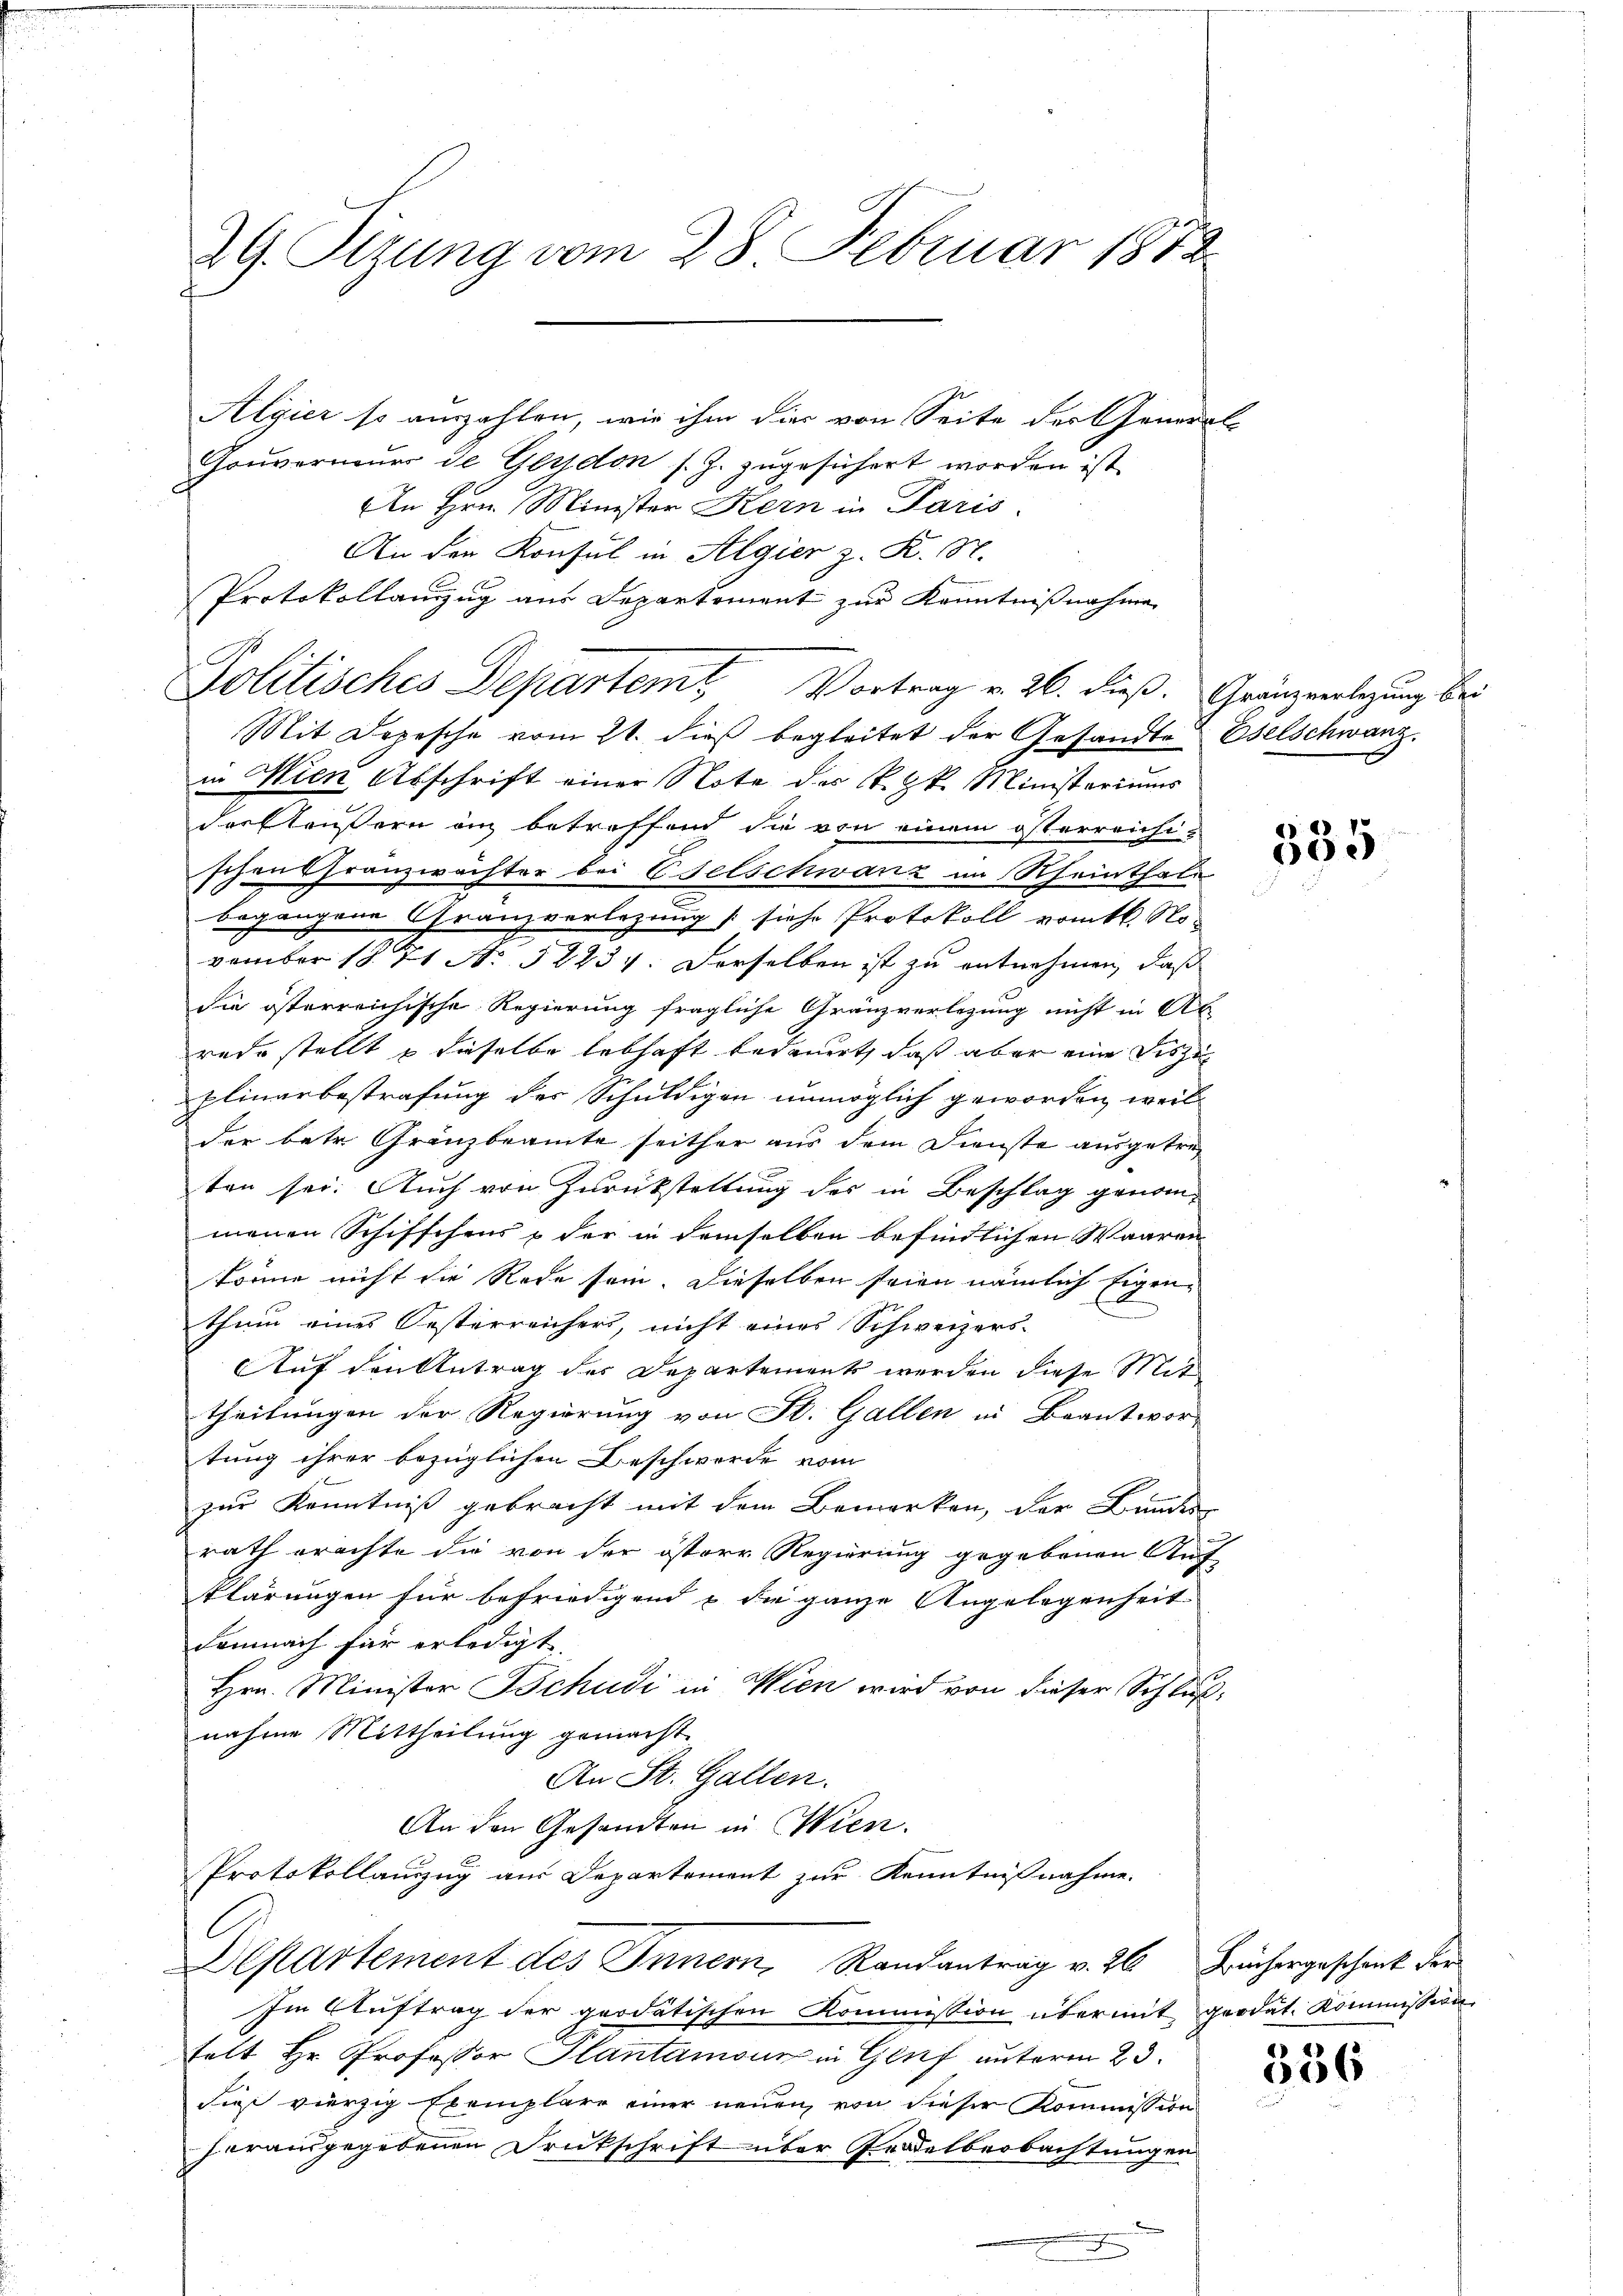
29. Setzung vom 28. Februar 1872.

Algier so auszahlen, wie ihm dies von Seite der General-
Gouverneuer de Gerdon s. Z. zugesichert worden ist,
An Hrn. Minister Kern in Paris.
An den Konsul in Algier z. R. N.
Protokollanzug aus Departement zur Kenntnißnahme
.
Mit Depesche vom 21. dieß begleitet der Gesandte Eselschwanz
in Wien Abschrift einer Note des k. k. Ministeriums
derfteusern an betreffend die von einem österreichi-
schen Granzwächter bei Eselschwanz im Rheinthale
begangene Gränzverlegung (siehe Protokoll vomtl. November 1871 No 52234. Derselben ist zu entnehmen, daß
die österreichische Regierung fragliche Gränzverlegung nicht in Ab-
rede stellt & dieselbe lebhaft bedauert, daß aber eine Diszig
plinarbestrafung der Schuldigen unmöglich geworden, weil
der betr. Gränzbeamte seither aus dem Dienste ausgetreten sei. Auch von Zurückstellung des in Beschlag genommenen Schifschens & der in demselben befindlichen Waaren
körne nicht die Rede sein. Dieselben seien nämlich Eigenthum eines Oesterreicher, nicht eines Schweizers
Auf den Antrag des Departements werden diese Mittheilungen der Regierung von St. Gallen in Beantwor-
tung ihrer bezüglichen Beschwerde vom
zur Kenntniß gebracht mit dem Bemerken, der Bundes
rath erachte die von der österr Regierung gegebenen Auf
klärungen für befriedigend u. die ganze Angelegenheit
demnach für erledigt.
Hrn. Minister Tschudi in Wien wird von dieser Schluß,
nahme Mittheilung gemacht.
An St. Gallen.
An den Gesandten in Wien.
Protokollanzzug aus Departement zur Kenntnißnahme.
C
Departement des Innern, Randantrag v. 26 Früchergeschenk der
Im Aŭftrag der quodatischen Kommission übermit grodat. Kommission
telt Hr. Professor Plantamour in Genf unterm 23.
Figi vierzig Exemplare einer neuen, von dieser Kommission
herausgegebenen Druckschrift über Gradelbeobachtungen

Politisches Departemt Vortrag v. 26. dieß. Gränzerlegung bei

535

556